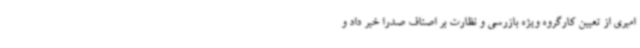
امیری از تعیین کارگروه ویژه بازرسی و نظارت بر اصناف صدرا خبر داد و